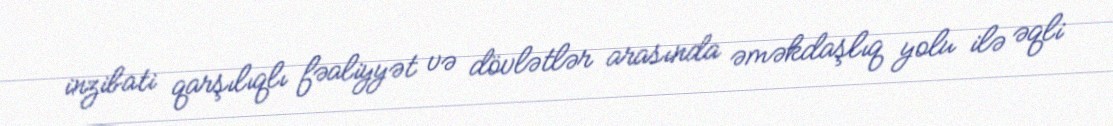
inzibati qarşılıqlı fəaliyyət və dövlətlər arasında əməkdaşlıq yolu ilə əqli